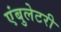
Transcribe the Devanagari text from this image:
एंबुलेटरी